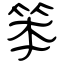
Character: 笨